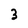
Character: 3